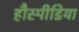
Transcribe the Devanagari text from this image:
हौस्पीडिया